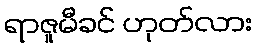
ရာဇူမီခင် ဟုတ်လား